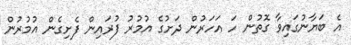
އެ ބަޔާނުގައިވާ ގޮތުން ހަ އަހަރުން ދަށުގެ އުމުރު ފުރައިން ފެށިގެން އުމުރުން